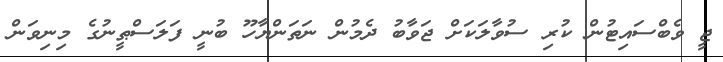
ޖީ ވެބްސައިޓުން ކުރި ސުވާލަކަށް ޖަވާބު ދެމުން ނަތަންޔާހޫ ބުނީ ފަލަސްޠީނުގެ މިނިވަން